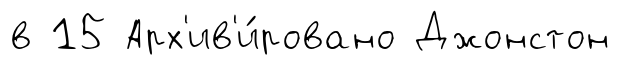
в 15 Арх'ив'и́ровано Джонстон